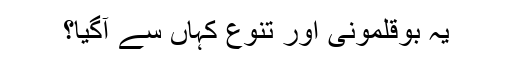
یہ بوقلمونی اور تنوع کہاں سے آگیا؟